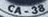
CA-38